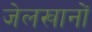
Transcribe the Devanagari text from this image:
जेलखानों